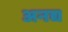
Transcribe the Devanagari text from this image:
अनद्य